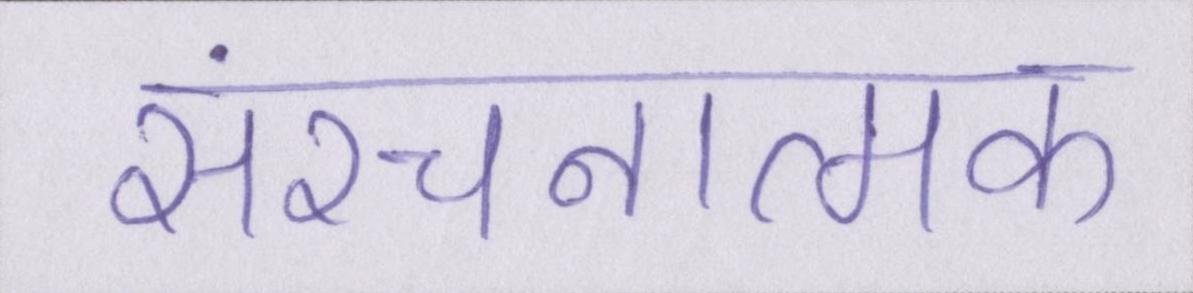
संरचनात्मक